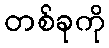
တစ်ခုကို